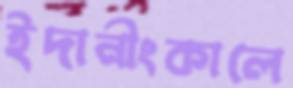
ইদানীংকালে